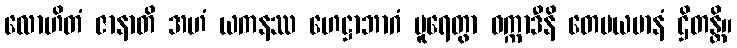
လောဟိတံ ဇာနာတိ အဟံ ယကနဿ ဟေဋ္ဌာဘာဂံ ပူရေတွာ ဝက္ကာဒီနိ တေမယမာနံ ဌိတန္တိ။